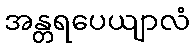
အန္တရပေယျာလံ